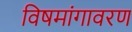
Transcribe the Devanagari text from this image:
विषमांगावरण